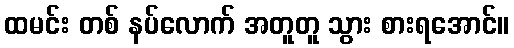
ထမင်း တစ် နပ်လောက် အတူတူ သွား စားရအောင်။